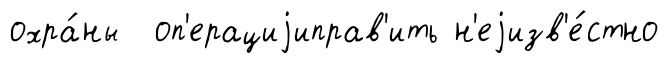
охра́ны оп'ерациjиправ'ить н'еjизв'е́стно